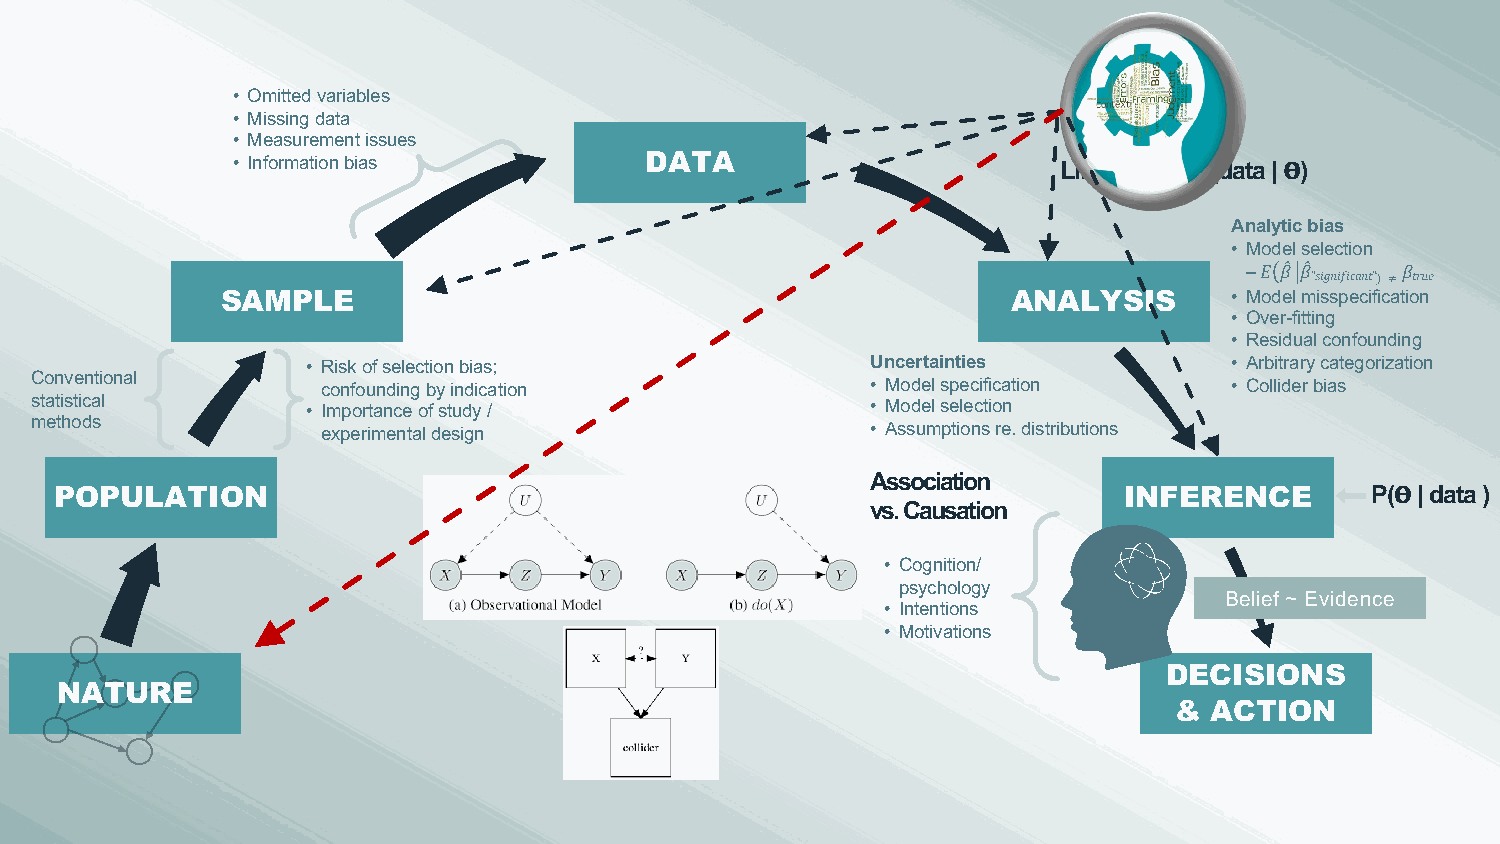
• Omitted variables
 • Missing data
 • Measurement issues
 • Information bias          DATA                       Likelihood: P(data | 𝚹)
 Analytic bias
 • Model selection
 –𝐸 𝛽" 𝛽"   𝛽
 ”𝑠𝑖𝑔𝑛𝑖𝑓𝑖𝑐𝑎𝑛𝑡”) ≠ 𝑡𝑟𝑢𝑒
 SAMPLE                                              ANALYSIS       • Model misspecification
 • Over-fitting
 • Residual confounding
 • Risk of selection bias;             Uncertainties           • Arbitrary categorization
 Conventional
 confounding by indication            • Model specification   • Collider bias
 statistical       • Importance of study /               • Model selection
 methods
 experimental design                  • Assumptions re. distributions
 Association
 POPULATION                                                            INFERENCE        P(𝚹| data )
 vs. Causation
 • Cognition/
 psychology
 Belief ~ Evidence
 • Intentions
 • Motivations
 DECISIONS
 NATURE
 & ACTION